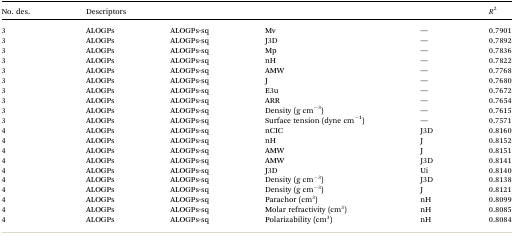
| No. des. | <COLSPAN=4> Descriptors | R2 |
 | --- | --- | --- | --- | --- | --- |
 | 3 | ALOGPs | ALOGPs-sq | Mv | — | 0.7901 |
 | 3 | ALOGPs | ALOGPs-sq | J3D | — | 0.7892 |
 | 3 | ALOGPs | ALOGPs-sq | Mp | — | 0.7836 |
 | 3 | ALOGPs | ALOGPs-sq | nH | — | 0.7822 |
 | 3 | ALOGPs | ALOGPs-sq | AMW | — | 0.7768 |
 | 3 | ALOGPs | ALOGPs-sq | J | — | 0.7680 |
 | 3 | ALOGPs | ALOGPs-sq | E3u | — | 0.7672 |
 | 3 | ALOGPs | ALOGPs-sq | ARR | — | 0.7654 |
 | 3 | ALOGPs | ALOGPs-sq | Density (g cm–3) | — | 0.7615 |
 | 3 | ALOGPs | ALOGPs-sq | Surface tension (dyne cm–1) | — | 0.7571 |
 | 4 | ALOGPs | ALOGPs-sq | nCIC | J3D | 0.8160 |
 | 4 | ALOGPs | ALOGPs-sq | nH | J | 0.8152 |
 | 4 | ALOGPs | ALOGPs-sq | AMW | J | 0.8151 |
 | 4 | ALOGPs | ALOGPs-sq | AMW | J3D | 0.8141 |
 | 4 | ALOGPs | ALOGPs-sq | J3D | Ui | 0.8140 |
 | 4 | ALOGPs | ALOGPs-sq | Density (g cm–3) | J3D | 0.8138 |
 | 4 | ALOGPs | ALOGPs-sq | Density (g cm–3) | J | 0.8121 |
 | 4 | ALOGPs | ALOGPs-sq | Parachor (cm3) | nH | 0.8099 |
 | 4 | ALOGPs | ALOGPs-sq | Molar refractivity (cm3) | nH | 0.8085 |
 | 4 | ALOGPs | ALOGPs-sq | Polarizability (cm3) | nH | 0.8084 |